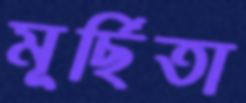
মূর্ছিতা